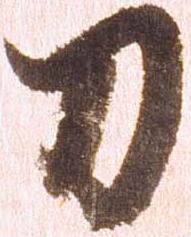
刀